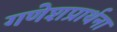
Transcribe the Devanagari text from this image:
गणेशप्रार्थना